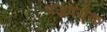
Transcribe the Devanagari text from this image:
वज्रपर्यंक